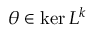
\theta \in \ker L ^ { k }